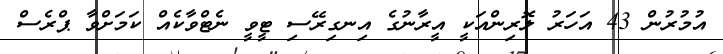
އުމުރުން 43 އަހަރު ލޮރިންއަކީ އީރާނުގެ އިނގިރޭސި ޓީވީ ނެޓްވާކެއް ކަމަށްވާ ޕްރެސް